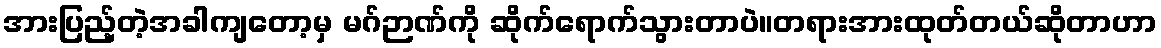
အားပြည့်တဲ့အခါကျတော့မှ မဂ်ဉာဏ်ကို ဆိုက်ရောက်သွားတာပဲ။တရားအားထုတ်တယ်ဆိုတာဟာ